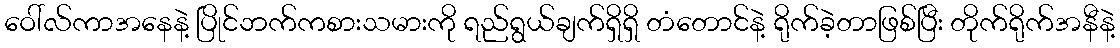
ဝေါ်လ်ကာအနေနဲ့ ပြိုင်ဘက်ကစားသမားကို ရည်ရွယ်ချက်ရှိရှိ တံတောင်နဲ့ ရိုက်ခဲ့တာဖြစ်ပြီး တိုက်ရိုက်အနီနဲ့